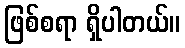
ဖြစ်စရာ ရှိပါတယ်။